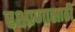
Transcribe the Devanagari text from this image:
रक्षाणासाठी